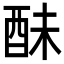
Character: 𨠝